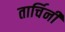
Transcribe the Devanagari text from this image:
तार्चिनी